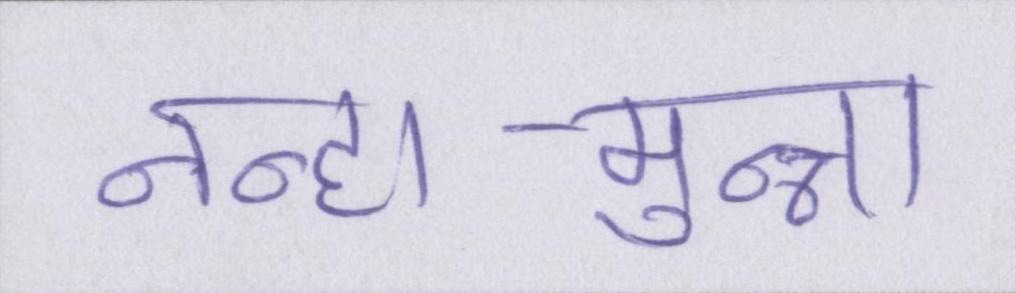
नन्हा-मुन्ना